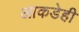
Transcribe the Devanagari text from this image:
आकडेही